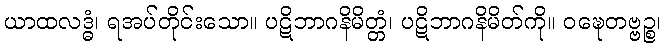
ယာထလဒ္ဓံ၊ ရအပ်တိုင်းသော။ ပဋိဘာဂနိမိတ္တံ၊ ပဋိဘာဂနိမိတ်ကို။ ဝဍ္ဎေတဗ္ဗဉ္စ၊